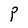
Character: P